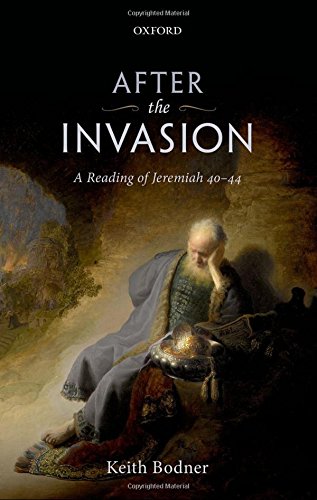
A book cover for After the Invasion: A Reading of Jeremiah 40-44; Keith Bodner; Christian Books & Bibles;